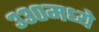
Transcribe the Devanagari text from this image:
३३०मध्ये